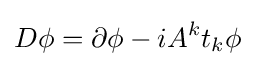
D\phi =\partial \phi -iA^{k}t_{k}\phi